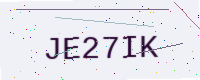
Text: JE27IK